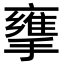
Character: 𢶜